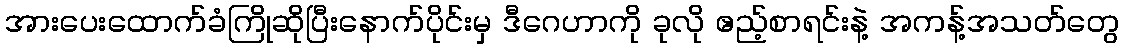
အားပေးထောက်ခံကြိုဆိုပြီးနောက်ပိုင်းမှ ဒီဂေဟာကို ခုလို ဧည့်စာရင်းနဲ့ အကန့်အသတ်တွေ